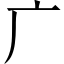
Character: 广